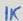
Text: 1K